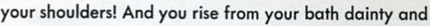
your shoulders! And you rise from your bath dainty and